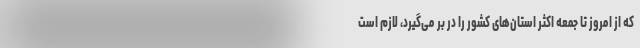
که از امروز تا جمعه اکثر استان‌های کشور را در بر می‌گیرد، لازم است